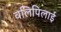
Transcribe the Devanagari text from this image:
वलिपिलाई